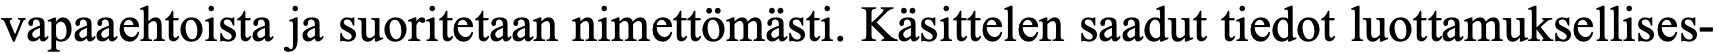
vapaaehtoista ja suoritetaan nimettömästi. Käsittelen saadut tiedot luottamuksellises-